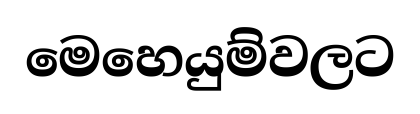
මෙහෙයුම්වලට